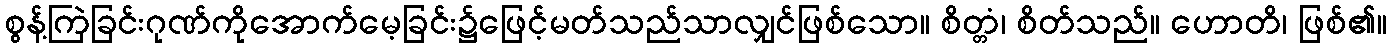
စွန့်ကြဲခြင်းဂုဏ်ကိုအောက်မေ့ခြင်း၌ဖြေင့်မတ်သည်သာလျှင်ဖြစ်သော။ စိတ္တံ၊ စိတ်သည်။ ဟောတိ၊ ဖြစ်၏။